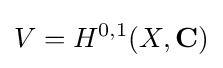
V=H^{0,1}(X,\mathbf {C} )